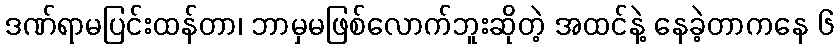
ဒဏ်ရာမပြင်းထန်တာ၊ ဘာမှမဖြစ်လောက်ဘူးဆိုတဲ့ အထင်နဲ့ နေခဲ့တာကနေ ၆